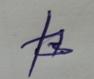
Signature authenticity: forged